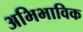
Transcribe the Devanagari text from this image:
अभिभाविक